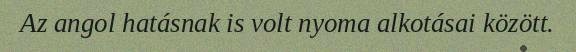
Az angol hatásnak is volt nyoma alkotásai között.